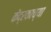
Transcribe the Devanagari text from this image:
केंद्रकाच्या